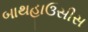
બાથહાઉસીસ